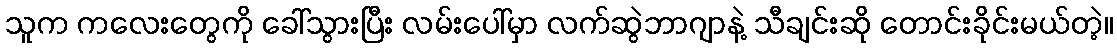
သူက ကလေးတွေကို ခေါ်သွားပြီး လမ်းပေါ်မှာ လက်ဆွဲဘာဂျာနဲ့ သီချင်းဆို တောင်းခိုင်းမယ်တဲ့။